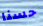
حسنا